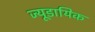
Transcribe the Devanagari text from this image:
ज्यूडायिक